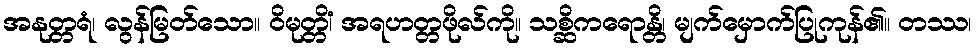
အနုတ္တရံ၊ လွန်မြတ်သော။ ဝိမုတ္တိံ၊ အရဟတ္တဖိုလ်ကို။ သစ္ဆိကရောန္တိ၊ မျက်မှောက်ပြုကုန်၏။ တဿ၊